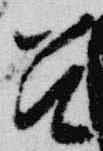
召